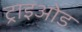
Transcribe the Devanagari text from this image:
ट्राइओड